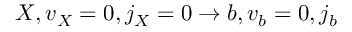
X , v _ { X } = 0 , j _ { X } = 0 \to b , v _ { b } = 0 , j _ { b }